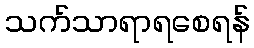
သက်သာရာရစေရန်